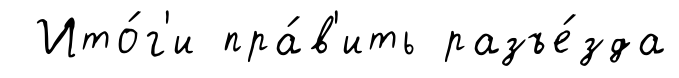
Ито́г'и пра́в'ить разъе́зда